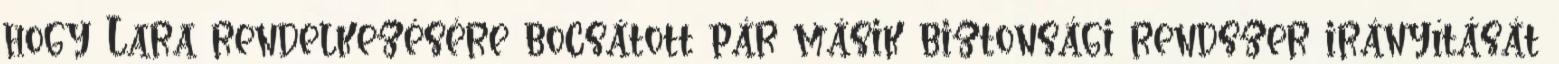
hogy Lara rendelkezésére bocsátott pár másik biztonsági rendszer irányítását